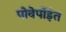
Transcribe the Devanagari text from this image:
पोवेर्पोइंत